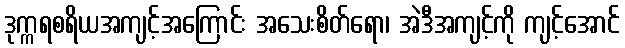
ဒုက္ကရစရိယအကျင့်အကြောင်း အသေးစိတ်ရော၊ အဲဒီအကျင့်ကို ကျင့်အောင်